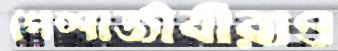
পেশাজীবীরাও